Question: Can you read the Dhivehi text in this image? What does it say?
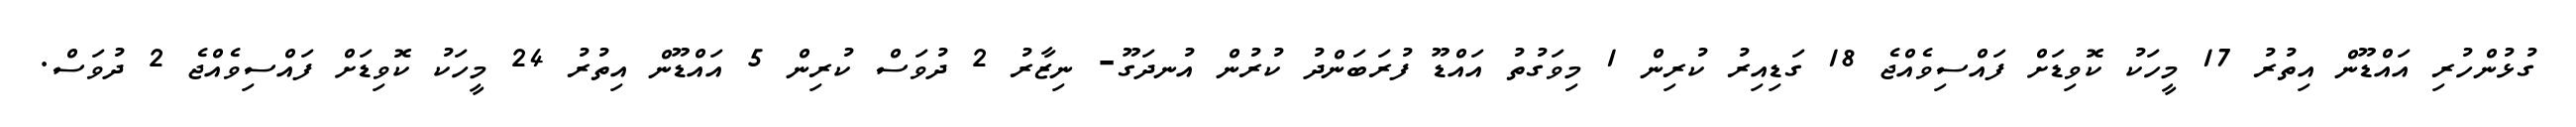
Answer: ގުޅުންހުރި އައްޑޫން އިތުރު 17 މީހަކު ކޮވިޑަށް ފައްސިވެއްޖެ 18 ގަޑިއިރު ކުރިން 1 މިވަގުތު އައްޑޫ ފުރަބަންދު ކުރުން އުނދަގޫ- ނިޒާރު 2 ދުވަސް ކުރިން 5 އައްޑޫން އިތުރު 24 މީހަކު ކޮވިޑަށް ފައްސިވެއްޖެ 2 ދުވަސް.